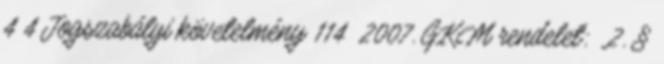
4 4 Jogszabályi követelmény 114 2007. GKM rendelet: „2. §